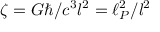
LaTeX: \zeta = G \hbar / c ^ { 3 } l ^ { 2 } = \ell _ { P } ^ { 2 } / l ^ { 2 }